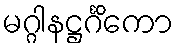
မဂ္ဂါနဋ္ဌင်္ဂိကော